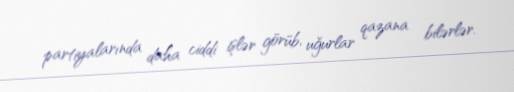
partiyalarında daha ciddi işlər görüb, uğurlar qazana bilərlər.